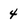
Character: 4